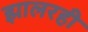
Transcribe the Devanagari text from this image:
झालरही